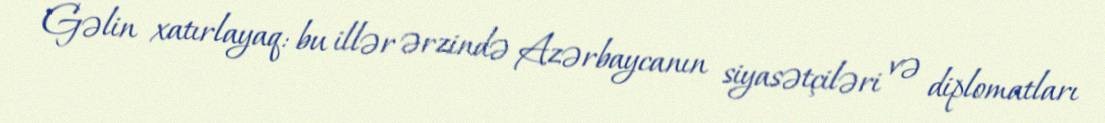
Gəlin xatırlayaq: bu illər ərzində Azərbaycanın siyasətçiləri və diplomatları